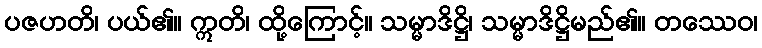
ပဇဟတိ၊ ပယ်၏။ ဣတိ၊ ထို့ကြောင့်။ သမ္မာဒိဋ္ဌိ၊ သမ္မာဒိဋ္ဌိမည်၏။ တဿေဝ၊